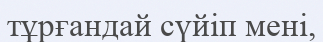
тұрғандай сүйіп мені,